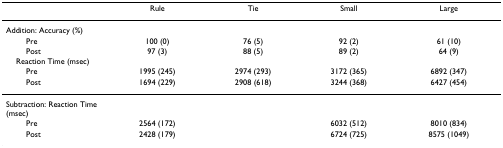
|  | Rule | Tie | Small | Large |
 | --- | --- | --- | --- | --- |
 | Addition: Accuracy (%) |  |  |  |  |
 | Pre | 100 (0) | 76 (5) | 92 (2) | 61 (10) |
 | Post | 97 (3) | 88 (5) | 89 (2) | 64 (9) |
 | Reaction Time (msec) |  |  |  |  |
 | Pre | 1995 (245) | 2974 (293) | 3172 (365) | 6892 (347) |
 | Post | 1694 (229) | 2908 (618) | 3244 (368) | 6427 (454) |
 | Subtraction: Reaction Time (msec) |  |  |  |  |
 | Pre | 2564 (172) |  | 6032 (512) | 8010 (834) |
 | Post | 2428 (179) |  | 6724 (725) | 8575 (1049) |